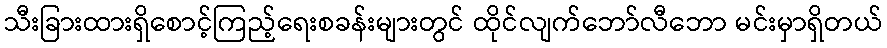
သီးခြားထားရှိစောင့်ကြည့်ရေးစခန်းများတွင် ထိုင်လျက်ဘော်လီဘော မင်းမှာရှိတယ်